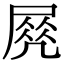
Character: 𡲵